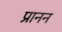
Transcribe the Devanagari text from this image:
प्रानन